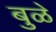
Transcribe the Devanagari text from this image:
बुळे